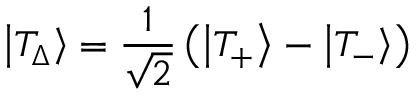
\left| { { T _ { \Delta } } } \right\rangle = \frac { 1 } { { \sqrt 2 } } \left( { \left| { { T _ { + } } } \right\rangle - \left| { { T _ { - } } } \right\rangle } \right)